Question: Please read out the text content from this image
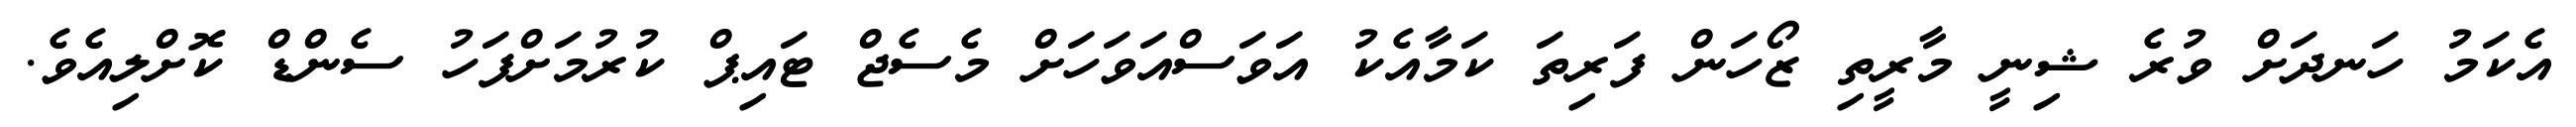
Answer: އެކަމު ހަނދަށް ވުރެ ޝިނީ މާރީތި ޒޯހަން ފަރިތަ ކަމާއެކު އަވަސްއަވަހަށް މެސެޖް ޓައިޕް ކުރުމަށްފަހު ސެންޑް ކޮށްލިއެވެ.